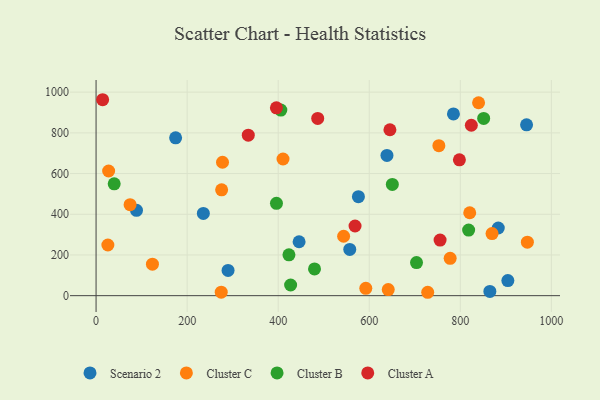
{"axis": {"x": "Ad Spend", "y": "Profit"}, "legend": ["Cluster A", "Cluster B", "Cluster C", "Scenario 2"], "data": [{"x": "88.8", "y": 419.2, "type": "Scenario 2"}, {"x": "557.2", "y": 227.3, "type": "Scenario 2"}, {"x": "235.6", "y": 404.1, "type": "Scenario 2"}, {"x": "576.2", "y": 486.2, "type": "Scenario 2"}, {"x": "289.9", "y": 124.2, "type": "Scenario 2"}, {"x": "445.9", "y": 264.9, "type": "Scenario 2"}, {"x": "883.4", "y": 332.4, "type": "Scenario 2"}, {"x": "174.7", "y": 775.8, "type": "Scenario 2"}, {"x": "638.9", "y": 689.1, "type": "Scenario 2"}, {"x": "864.9", "y": 20.8, "type": "Scenario 2"}, {"x": "784.9", "y": 892.9, "type": "Scenario 2"}, {"x": "945.5", "y": 839.5, "type": "Scenario 2"}, {"x": "904.4", "y": 74.0, "type": "Scenario 2"}, {"x": "592.4", "y": 36.2, "type": "Cluster C"}, {"x": "410.6", "y": 671.6, "type": "Cluster C"}, {"x": "543.7", "y": 292.1, "type": "Cluster C"}, {"x": "728.4", "y": 16.7, "type": "Cluster C"}, {"x": "869.7", "y": 305.1, "type": "Cluster C"}, {"x": "840.1", "y": 947.9, "type": "Cluster C"}, {"x": "641.7", "y": 30.0, "type": "Cluster C"}, {"x": "752.9", "y": 736.8, "type": "Cluster C"}, {"x": "777.7", "y": 183.5, "type": "Cluster C"}, {"x": "277.7", "y": 655.7, "type": "Cluster C"}, {"x": "74.7", "y": 447.2, "type": "Cluster C"}, {"x": "275.8", "y": 520.3, "type": "Cluster C"}, {"x": "123.8", "y": 154.6, "type": "Cluster C"}, {"x": "25.9", "y": 249.0, "type": "Cluster C"}, {"x": "27.6", "y": 612.7, "type": "Cluster C"}, {"x": "947.3", "y": 262.7, "type": "Cluster C"}, {"x": "274.9", "y": 17.2, "type": "Cluster C"}, {"x": "820.7", "y": 407.5, "type": "Cluster C"}, {"x": "818.3", "y": 322.4, "type": "Cluster B"}, {"x": "851.3", "y": 870.8, "type": "Cluster B"}, {"x": "479.8", "y": 131.5, "type": "Cluster B"}, {"x": "650.7", "y": 546.5, "type": "Cluster B"}, {"x": "703.8", "y": 162.4, "type": "Cluster B"}, {"x": "427.3", "y": 52.5, "type": "Cluster B"}, {"x": "405.8", "y": 911.7, "type": "Cluster B"}, {"x": "39.8", "y": 549.7, "type": "Cluster B"}, {"x": "396.2", "y": 453.7, "type": "Cluster B"}, {"x": "423.6", "y": 200.7, "type": "Cluster B"}, {"x": "396.1", "y": 922.8, "type": "Cluster A"}, {"x": "486.8", "y": 870.8, "type": "Cluster A"}, {"x": "14.4", "y": 962.8, "type": "Cluster A"}, {"x": "334.3", "y": 788.4, "type": "Cluster A"}, {"x": "798.0", "y": 667.5, "type": "Cluster A"}, {"x": "568.8", "y": 342.4, "type": "Cluster A"}, {"x": "824.2", "y": 837.5, "type": "Cluster A"}, {"x": "755.6", "y": 273.4, "type": "Cluster A"}, {"x": "645.4", "y": 815.2, "type": "Cluster A"}]}